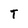
Character: T